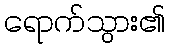
ရောက်သွား၏